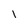
Character: 1